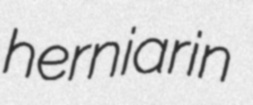
herniarin